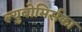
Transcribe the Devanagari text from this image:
ल्युबोमिर्सका